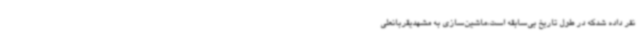
نفر داده شدکه در طول تاریخ بی‌سابقه است،ماشین‌سازی به مشهدیقربانعلی‌